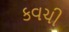
કવચી